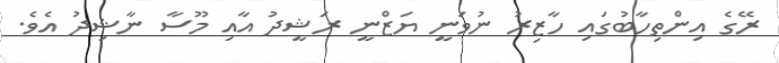
ރޭގެ އިންތިހާބުގައި ހާޒިރު ނުވަނީ ޔަޒްނީ ރަޝީދު އާއި މޫސާ ނާޝިދު އެވެ.